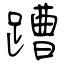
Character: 蹧